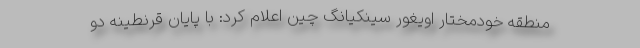
منطقه خودمختار اویغور سینکیانگ چین اعلام کرد: با پایان قرنطینه دو